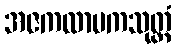
အဇကလာပကသုတ္တံ